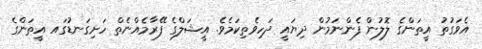
އެވަގުތު އީތަންގެ ލޮލުން ފެންނަމުން ދިޔައީ ދަހިވެތިކަމެވެ. އީޝަލްގެ ފޭރާމެއްނެތް ހަށިގަނޑުގައ އީތަންގެ